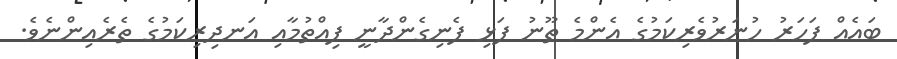
ބައެއް ފަހަރު ހުނަރުވެރިކަމުގެ އެންމެ ތޫނު ފަޅި ފެނިގެންދާނީ ފިއްތުމާއި އަނދިރިކަމުގެ ތެރެއިންނެވެ.